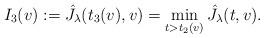
LaTeX: \begin{align*} I_3(v) := \hat J_\lambda(t_3(v),v) = \min_{t>t_2(v)} \hat J_\lambda(t,v).\end{align*}